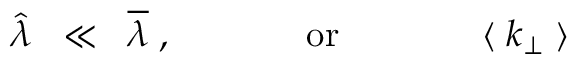
\widehat { \lambda } \; \; \ll \; \; \overline { { { \lambda } } } \; , \; \; \; \; \; \; \; \; \; \; \; \; \; \mathrm { o r } \; \; \; \; \; \; \; \; \; \; \; \; \; \; \langle \; k _ { \perp } \; \rangle